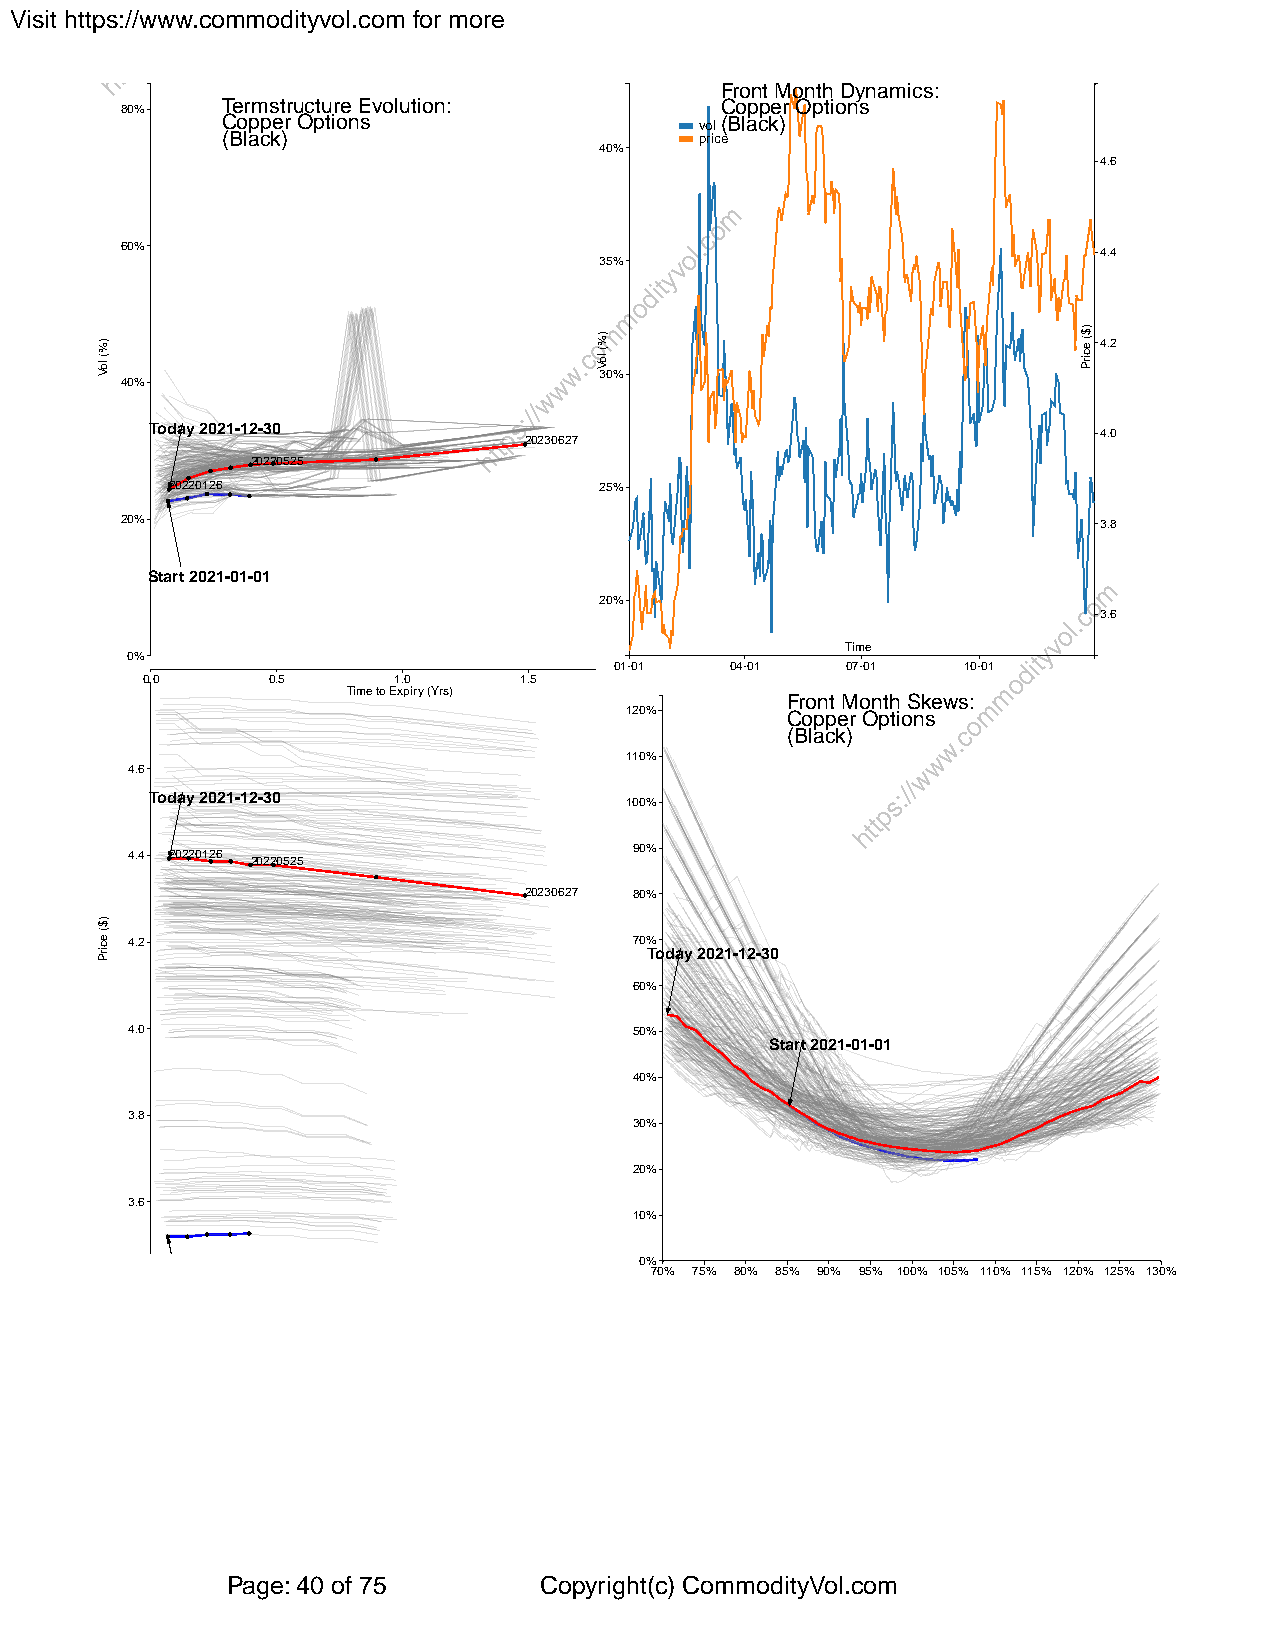
Visit https://www.commodityvol.com for more
 Front Month Dynamics:
 80%    Termstructure Evolution:         Copper Options
 Copper Options                 vol(Black)
 (Black)                        price
 40%
 4.6
 60%
 4.4
 35%
 4.2
 30%
 40%
 Today 2021-12-30
 4.0
 20230627
 20220525
 20220126                     25%
 20%                                                              3.8
 Start 2021-01-01
 20%
 3.6
 Time
 0%
 01-01  04-01   07-01   10-01
 0.0      0.5     1.0     1.5
 Time to Expiry (Yrs)
 Front Month Skews:
 120%       Copper Options
 (Black)
 110%
 4.6
 Today 2021-12-30
 100%
 90%
 4.4 20220126 20220525
 20230627 80%
 4.2                               70%
 Today 2021-12-30
 60%
 4.0                               50%
 Start 2021-01-01
 40%
 3.8
 30%
 20%
 3.6
 10%
 0%
 70% 75% 80% 85% 90% 95% 100% 105% 110% 115% 120% 125% 130%
 Start 2021-01-01
 Page: 40 of 75       Copyright(c) CommodityVol.com
 )%(
 loV
 )$(
 ecirP
 )%(
 loV
 )$(
 ecirP